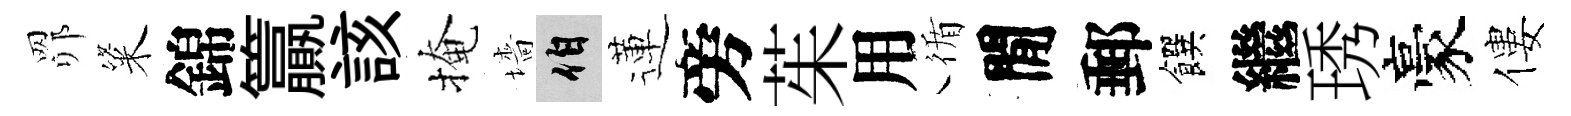
𦊑粢錦籯該掩墻伯蓮旁茱用循閒郵饌繼琇豪僂